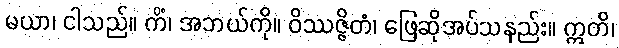
မယာ၊ ငါသည်။ ကိံ၊ အဘယ်ကို။ ဝိဿဇ္ဇိတံ၊ ဖြေဆိုအပ်သနည်း။ ဣတိ၊